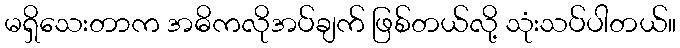
မရှိသေးတာက အဓိကလိုအပ်ချက် ဖြစ်တယ်လို့ သုံးသပ်ပါတယ်။